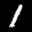
Label: 1